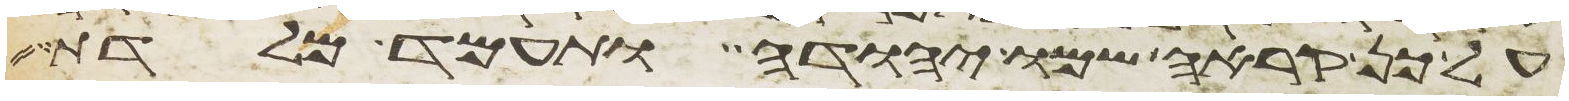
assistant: על כן קראה שמו יהודה ותעמד מלדת